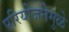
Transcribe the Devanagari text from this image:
परियोजनेमुळे